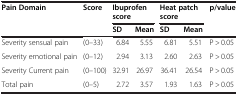
| Pain Domain | Score | <COLSPAN=2> Ibuprofen score | <COLSPAN=2> Heat patch score | p/value |
 |  |  | SD | Mean | SD | Mean |  |
 | --- | --- | --- | --- | --- | --- | --- |
 | Severity sensual pain | (0–33) | 6.84 | 5.55 | 6.81 | 5.51 | P > 0.05 |
 | Severity emotional pain | (0–12) | 2.94 | 3.13 | 2.60 | 2.63 | P > 0.05 |
 | Severity Current pain | (0–100) | 32.91 | 26.97 | 36.41 | 26.54 | P > 0.05 |
 | Total pain | (0–5) | 2.72 | 3.57 | 1.93 | 1.63 | P > 0.05 |